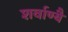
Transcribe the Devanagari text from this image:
शर्वाण्यै